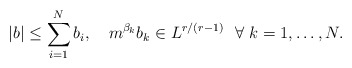
\begin{align*} |b| \leq \sum_{i=1}^N b_i, ~~~ m^{\beta_k}b_k \in L^{r/(r-1)} ~~ \forall ~k =1,\ldots,N. \end{align*}